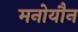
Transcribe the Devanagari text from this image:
मनोयौन